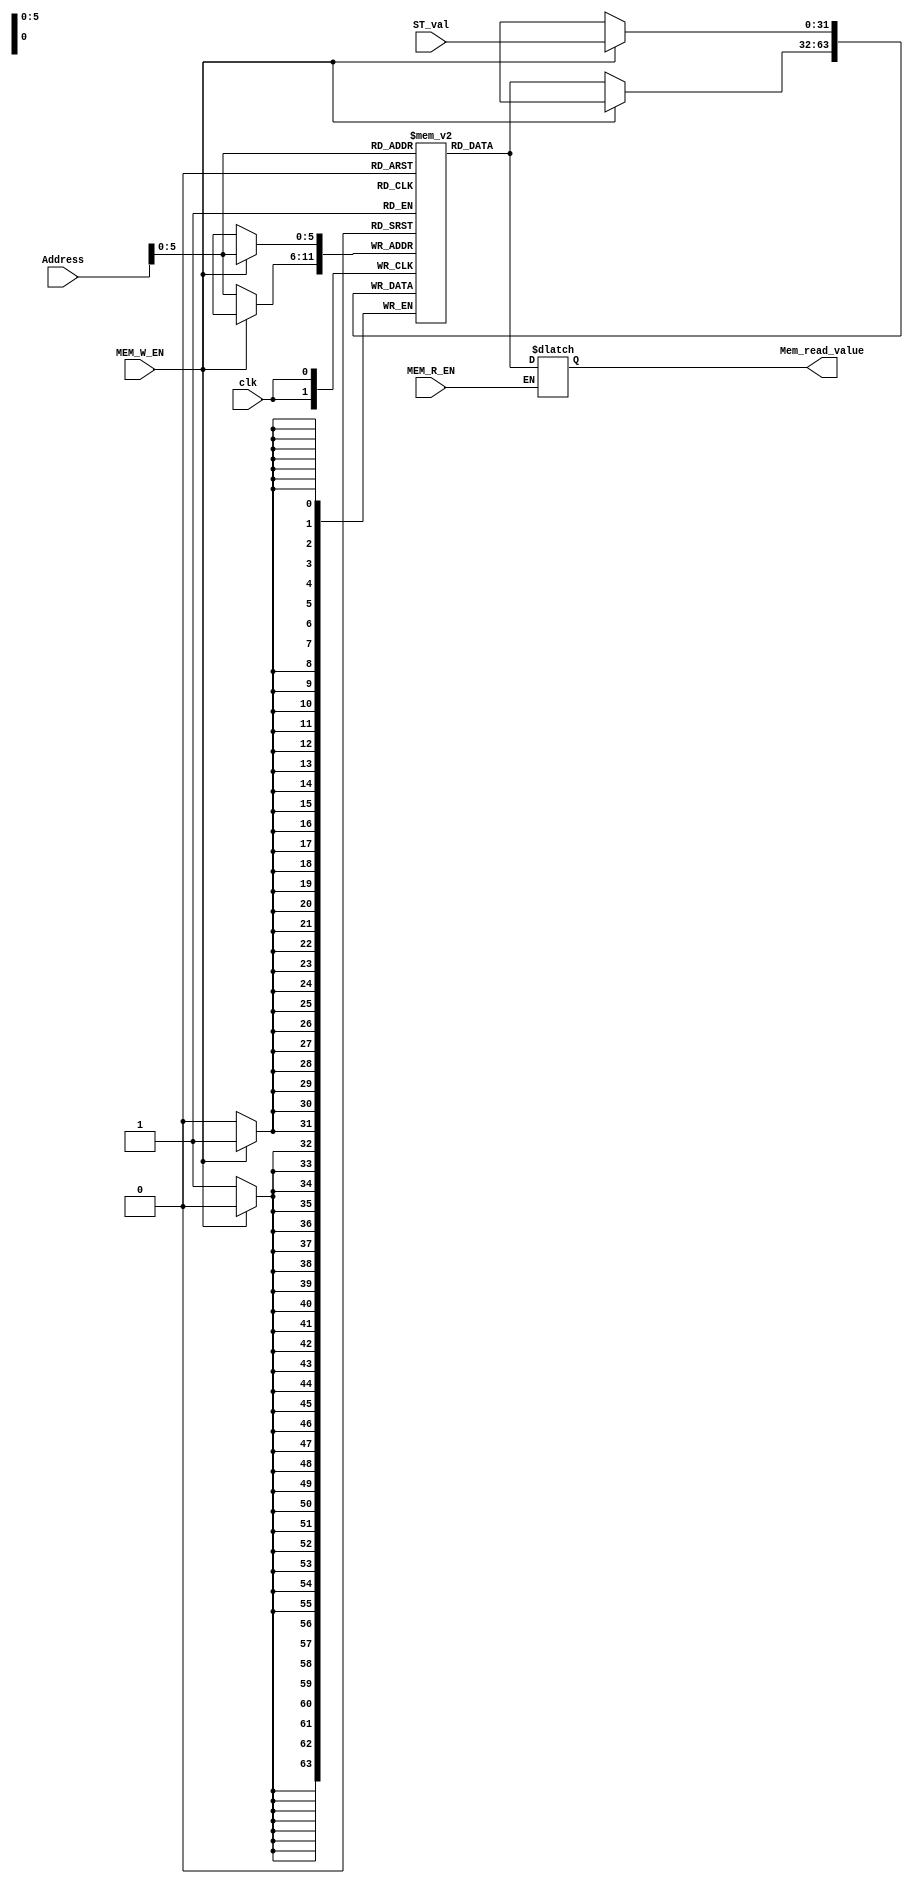

module Data_Memory ( clk , ST_val , MEM_W_EN , MEM_R_EN , Address , Mem_read_value);


  input [31:0] Address;
  input clk;
  input [31:0] ST_val;
  input MEM_R_EN , MEM_W_EN;
  output reg [31:0] Mem_read_value;

  reg [31:0] MEM_data [0:63];

/*initial begin 
  MEM_data[33] = 4;
end*/



  always @(*) begin
   if(MEM_R_EN)
      Mem_read_value = MEM_data[Address];
    else
      Mem_read_value = Mem_read_value;
  
  end

  always @(posedge clk) begin

    if(MEM_W_EN)
     MEM_data[Address] <= ST_val;
    else
     MEM_data[Address] <= MEM_data[Address];

  end

endmodule